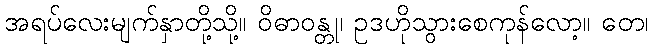
အရပ်လေးမျက်နှာတို့သို့။ ဝိဓာဝန္တု၊ ဥဒဟိုသွားစေကုန်လော့။ တေ၊